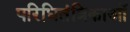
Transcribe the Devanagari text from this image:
परिधितंत्रिकाओं